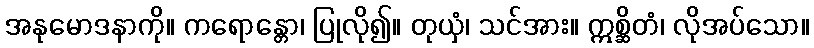
အနုမောဒနာကို။ ကရောန္တော၊ ပြုလို၍။ တုယှံ၊ သင်အား။ ဣစ္ဆိတံ၊ လိုအပ်သော။